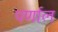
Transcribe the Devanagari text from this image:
पर्णाल